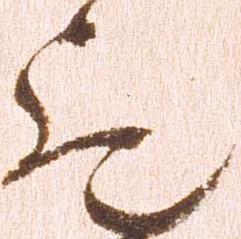
歟